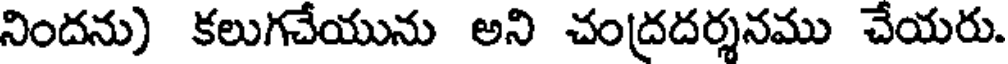
నిందను) కలుగచేయును అని చంద్రదర్శనము చేయరు.